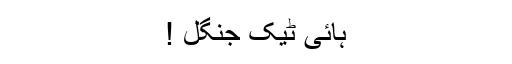
ہائی ٹیک جنگل !